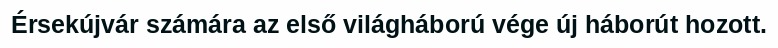
Érsekújvár számára az első világháború vége új háborút hozott.